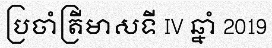
ប្រចាំត្រីមាសទី IV ឆ្នាំ 2019